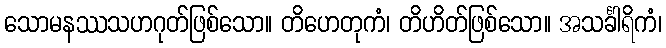
သောမနဿသဟဂုတ်ဖြစ်သော။ တိဟေတုကံ၊ တိဟိတ်ဖြစ်သော။ အသင်္ခါရိကံ၊